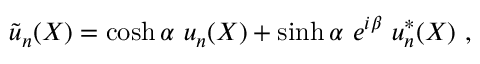
{ \tilde { u } } _ { n } ( X ) = \cosh \alpha ~ u _ { n } ( X ) + \sinh \alpha ~ e ^ { i \beta } ~ u _ { n } ^ { * } ( X ) ~ ,